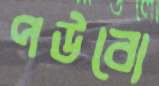
পউবো